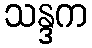
သန္ဒက